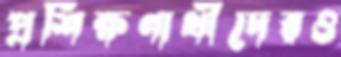
প্রশিক্ষণার্থীদেরও